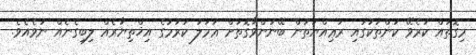
މިގޮތައް ކުރެވޭ ކަންތަކުގައި ރަޢިއްޔަތުން ބޭނުންވާގޮތަށް ޢަމަލު ކުރުމުގެ އިޚްތިޔާރެއް ލިބިގެނެއް ނުވެއެވެ.